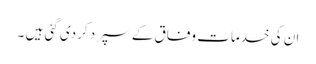
ان کی خدمات وفاق کے سپرد کردی گئی ہیں ۔